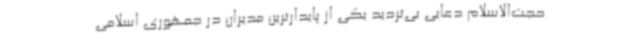
حجت‌الاسلام دعایی بی‌تردید یکی از پایدارترین مدیران در جمهوری اسلامی